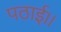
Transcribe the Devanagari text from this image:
पठाई।।